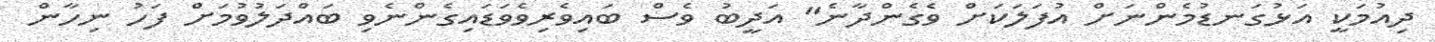
ދިއުމަކީ އަޅުގަނޑުމެންނަށް އުފަލަކަށް ވެގެންދާނެ" އަދީބު ވެސް ބައިވެރިވެވަޑައިގެންނެވި ބައްދަލުވުމަށް ފަހު ނިހާން